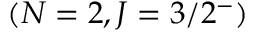
( N = 2 , J = 3 / 2 ^ { - } )